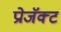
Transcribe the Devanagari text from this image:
प्रोजॅक्ट